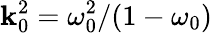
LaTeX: \mathbf{k}_{0}^{2}=\omega_{0}^{2}/(1-\omega_{0})